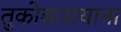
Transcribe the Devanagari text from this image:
तुकोबारायाना